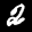
Label: 2